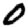
Digit: 0